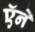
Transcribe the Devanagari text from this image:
ऍने